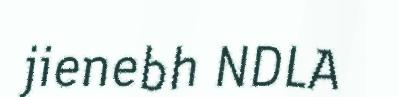
jienebh NDLA